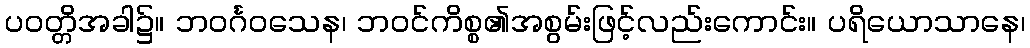
ပဝတ္တိအခါ၌။ ဘဝင်္ဂဝသေန၊ ဘဝင်ကိစ္စ၏အစွမ်းဖြင့်လည်းကောင်း။ ပရိယောသာနေ၊